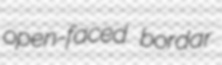
open-faced bordar